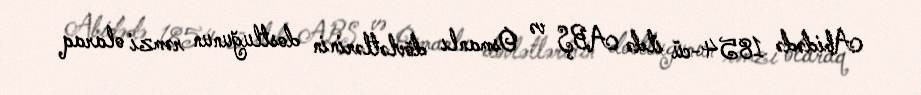
Abidədə 1854-cü ildə ABŞ və Osmanlı dövlətlərinin dostluğunun rəmzi olaraq